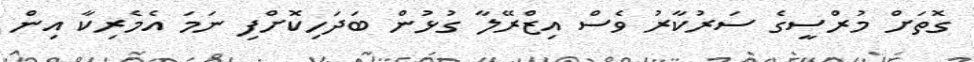
ގޮތަށް މުރްސީގެ ސަރުކާރު ވެސް އިޒްރޭލާ ގުޅުން ބަދަހިކޮށްފި ނަމަ އެމެރިކާ އިން